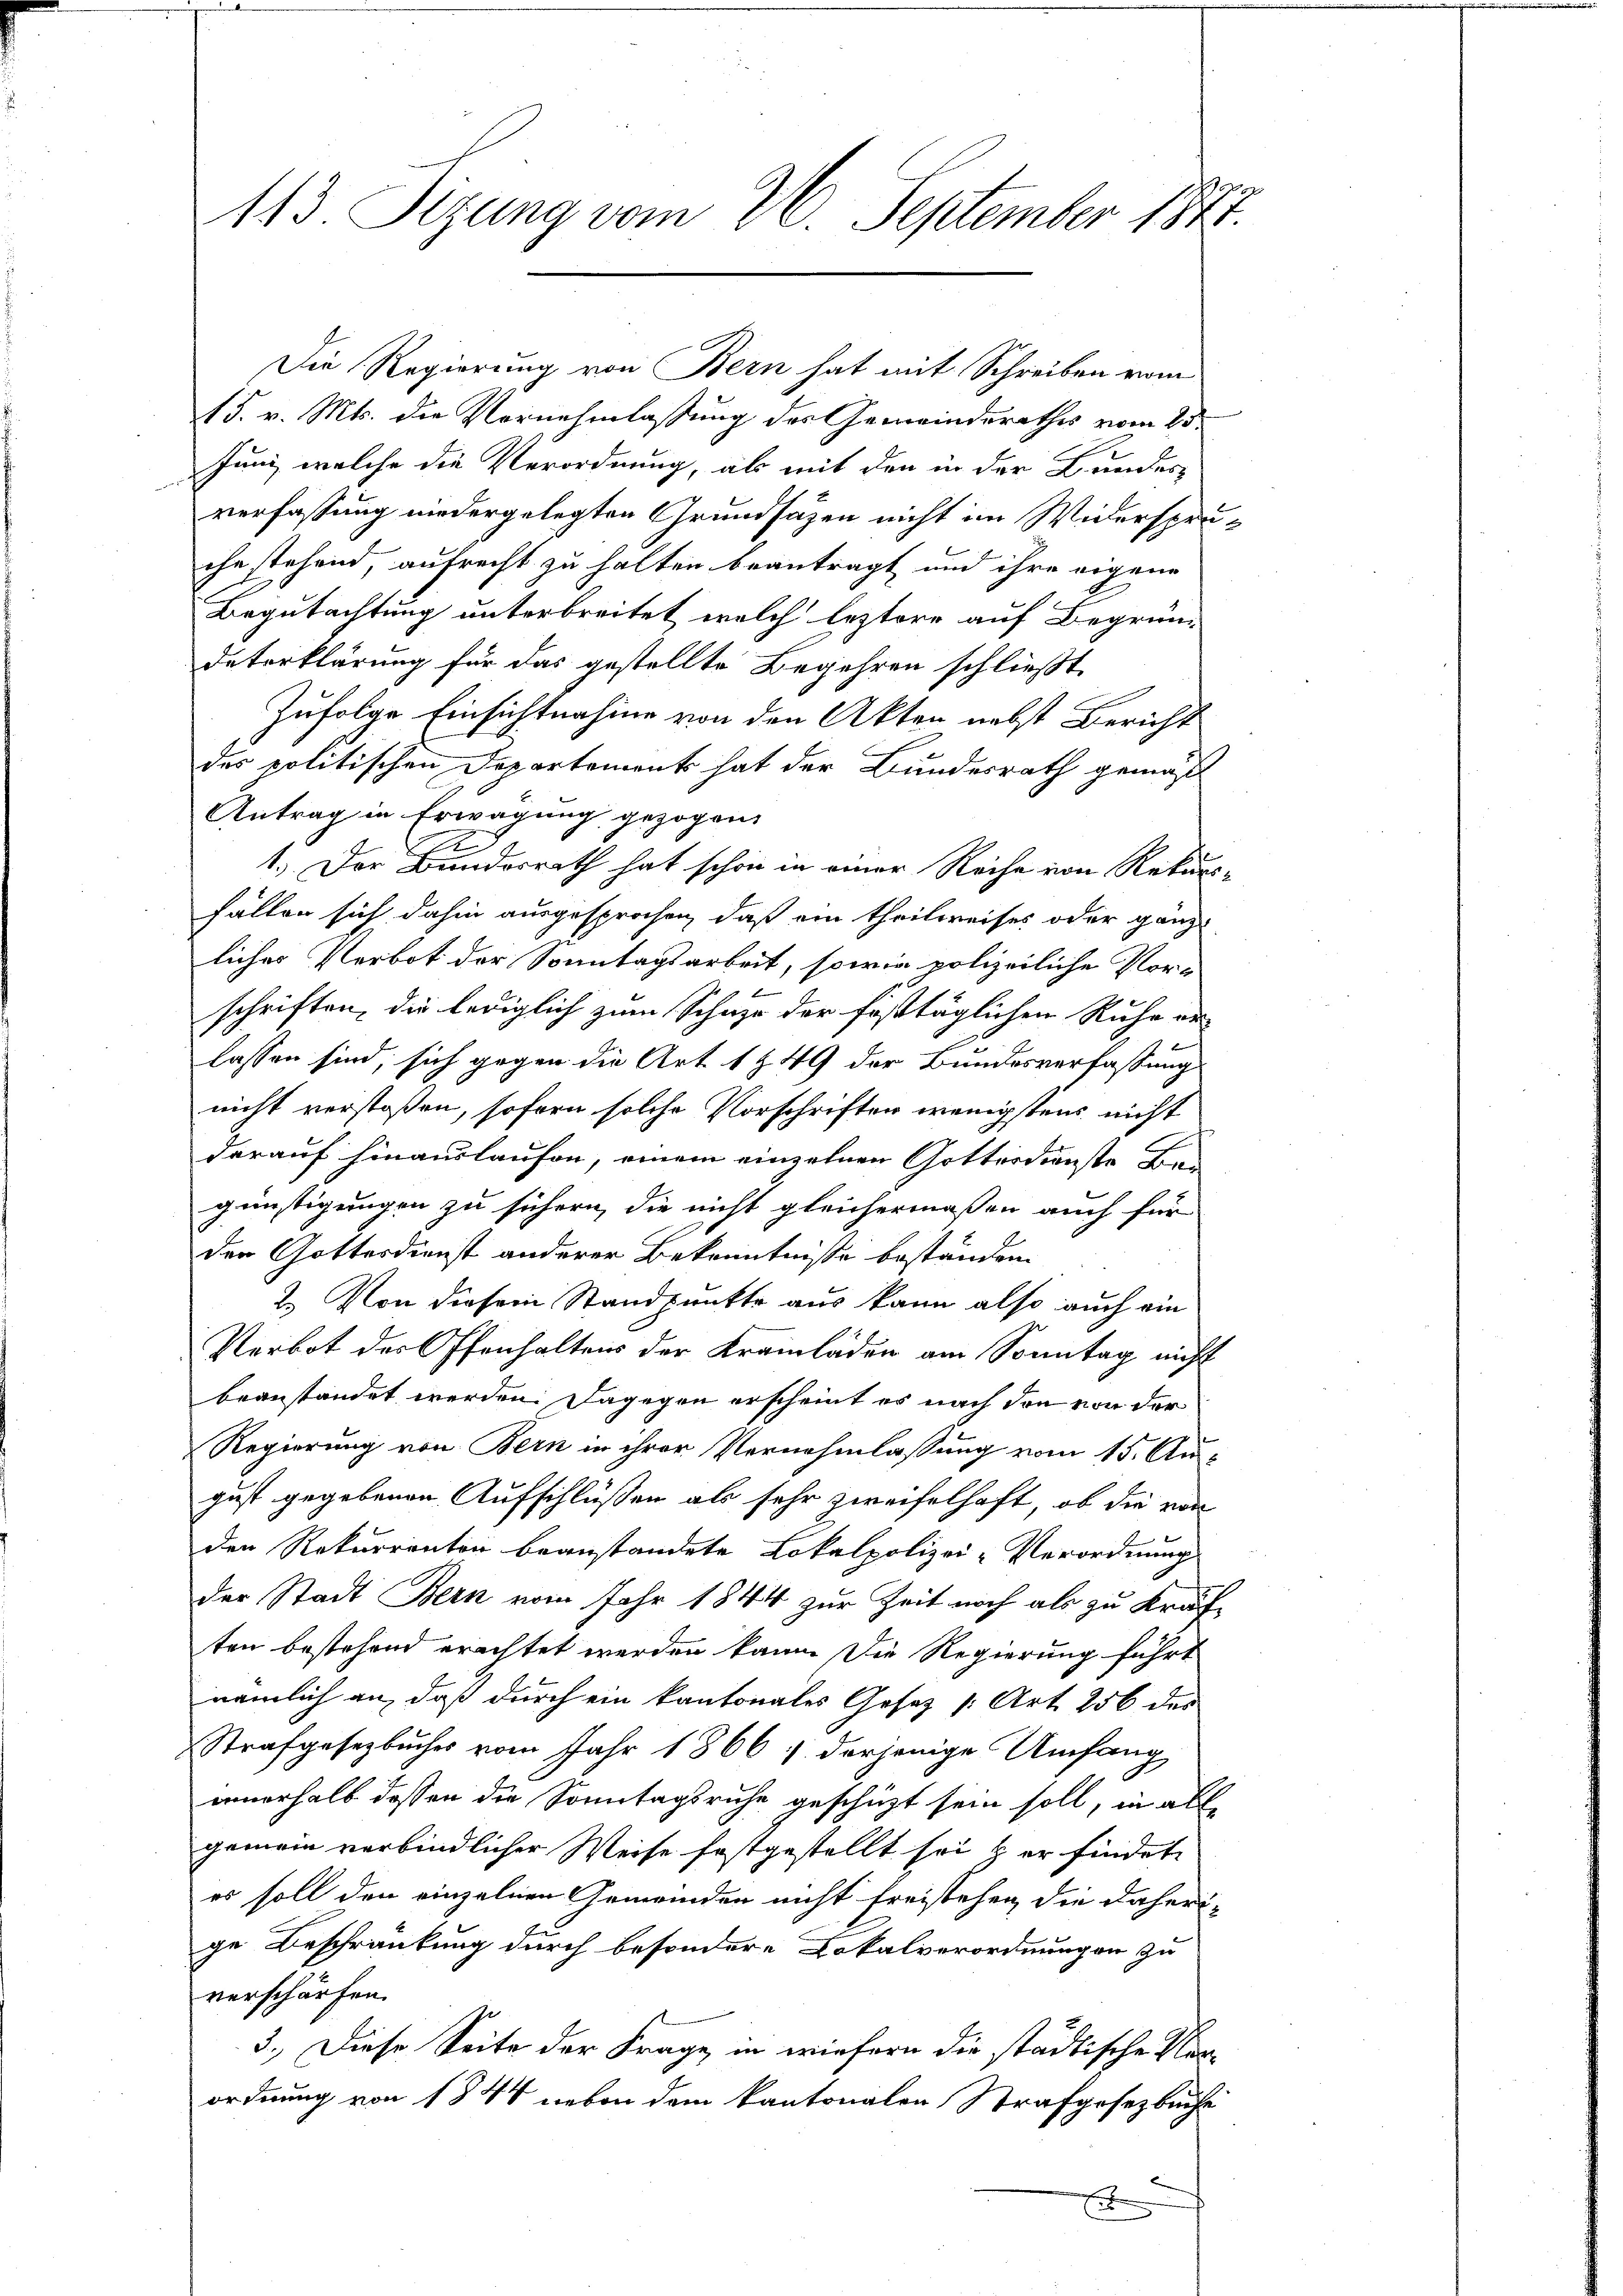
113. Sizung vom 26. September 1847.

Die Regierung von Bern hat mit Schreiben vom

15. v. Mts. die Vernehmlassung des Gemeinderathes vom 23.
Juni, welche die Verordnung, als mit den in der Bundes-
verfassung niedergelegten Grundsätzen nicht im Widerspruche stehend, aufrecht zu halten beantragt und ihre eigene
Begutachtung unterbreitet, welch leztere auf Begründaterklärung für das gestellte Begehren schließt
Zufolge Einsichtnahme von den Akten nebst Bericht
des politischen Departement hat der Bundesrath gemäß
Antrag in Erwägung gezogen.
e
1.) Der Bunderrath hat schon in einer Reihe von Rekurs-
fällen sich dahin ausgesprochen, daß ein theilweises oder ganz
liches Verbot der Sonntagsarbeit, sowie polizeiliche Vor-
schriften, die lediglich zum Schaze der fusttäglichen Ruhe aus
lassen sind, sich gegen die Art 1849 der Bundesverfassung
nicht verstoßen, sofern solche Vorschriften wenigstens nicht
darauf hinauslaufen, einem einzelnen Gotterdienste Be-
günstigungen zu sichern, die nicht gleichermaßen auch für
der Gottesdienst anderer Bekenntniße beständen
2. Von diesem Standpunkte aus kann also auch ein
Verbot des Offenhaltens der Kramläden am Sonntag nicht
beanstandet werden. Dagegen erscheint es nach den von der
Regierung von Bern in ihrer Vernehmlassung vom 15. Au-
gust gegebenen Aufschlüssen als sehr zweifelhaft, ob die von
den Rekurrenten beanstandete Lokalpolizei-Verordnung
der Stadt Bern vom Jahr 1844 zur Zeit noch als zu Kräften bestehend erachtet werden kann. Die Regierung führt
nämlich an, daß durch ein kantonales Gesez /: Art. 256 des
Strafgesetzbuches vom Jahr 1866 1. derjenige Umfang
innerhalb dessen die Sonntagsruhe geschüzt sein soll, in all
gemein verbindlicher Weise festgestellt sei & er findet
es soll den einzelnen Gemeinden nicht freistehen, die daheri-
ge Beschränkung durch besondere Lokalverordnungen zu
verschärfen.
3. Diese Seite der Frage, in wiefern die städtische Ver-
ordnung von 1844 neben dem kantonalen Strafgesetzbuche
t